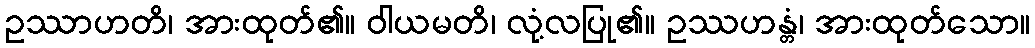
ဥဿာဟတိ၊ အားထုတ်၏။ ဝါယမတိ၊ လုံ့လပြု၏။ ဥဿဟန္တံ၊ အားထုတ်သော။